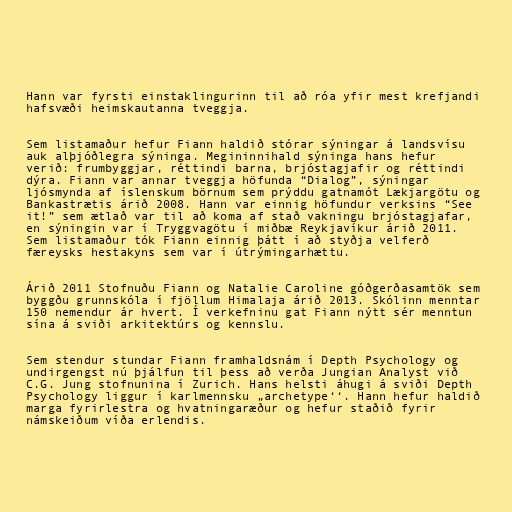
Hann var fyrsti einstaklingurinn til að róa yfir mest krefjandi
hafsvæði heimskautanna tveggja.

Sem listamaður hefur Fiann haldið stórar sýningar á landsvísu
auk alþjóðlegra sýninga. Megininnihald sýninga hans hefur
verið: frumbyggjar, réttindi barna, brjóstagjafir og réttindi
dýra. Fiann var annar tveggja höfunda “Dialog”, sýningar
ljósmynda af íslenskum börnum sem prýddu gatnamót Lækjargötu og
Bankastrætis árið 2008. Hann var einnig höfundur verksins “See
it!” sem ætlað var til að koma af stað vakningu brjóstagjafar,
en sýningin var í Tryggvagötu í miðbæ Reykjavíkur árið 2011.
Sem listamaður tók Fiann einnig þátt í að styðja velferð
færeysks hestakyns sem var í útrýmingarhættu.

Árið 2011 Stofnuðu Fiann og Natalie Caroline góðgerðasamtök sem
byggðu grunnskóla í fjöllum Himalaja árið 2013. Skólinn menntar
150 nemendur ár hvert. Í verkefninu gat Fiann nýtt sér menntun
sína á sviði arkitektúrs og kennslu.

Sem stendur stundar Fiann framhaldsnám í Depth Psychology og
undirgengst nú þjálfun til þess að verða Jungian Analyst við
C.G. Jung stofnunina í Zurich. Hans helsti áhugi á sviði Depth
Psychology liggur í karlmennsku „archetype‘‘. Hann hefur haldið
marga fyrirlestra og hvatningaræður og hefur staðið fyrir
námskeiðum víða erlendis.